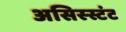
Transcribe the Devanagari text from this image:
असिस्स्टंट